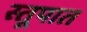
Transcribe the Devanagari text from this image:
स्तूपात